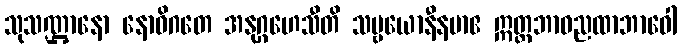
သုသဏ္ဌာနော နောဝိဂတေ အနုဂ္ဂဟေသီတိ သဗ္ဗယောနီနမာဧ ဣတ္ထဘာဝညထာဘာဝေါ